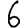
Digit: 6